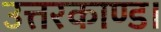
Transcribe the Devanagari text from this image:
उत्तरकाण्ड।